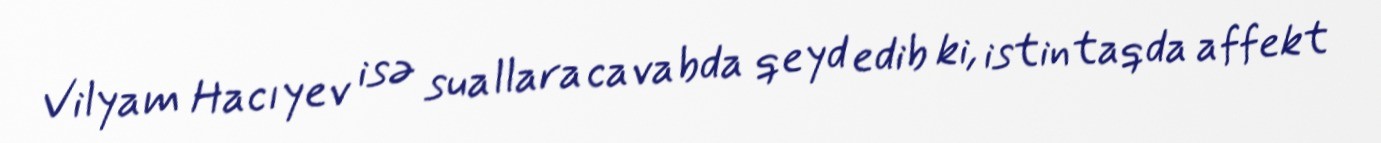
Vilyam Hacıyev isə suallara cavabda qeyd edib ki, istintaqda affekt